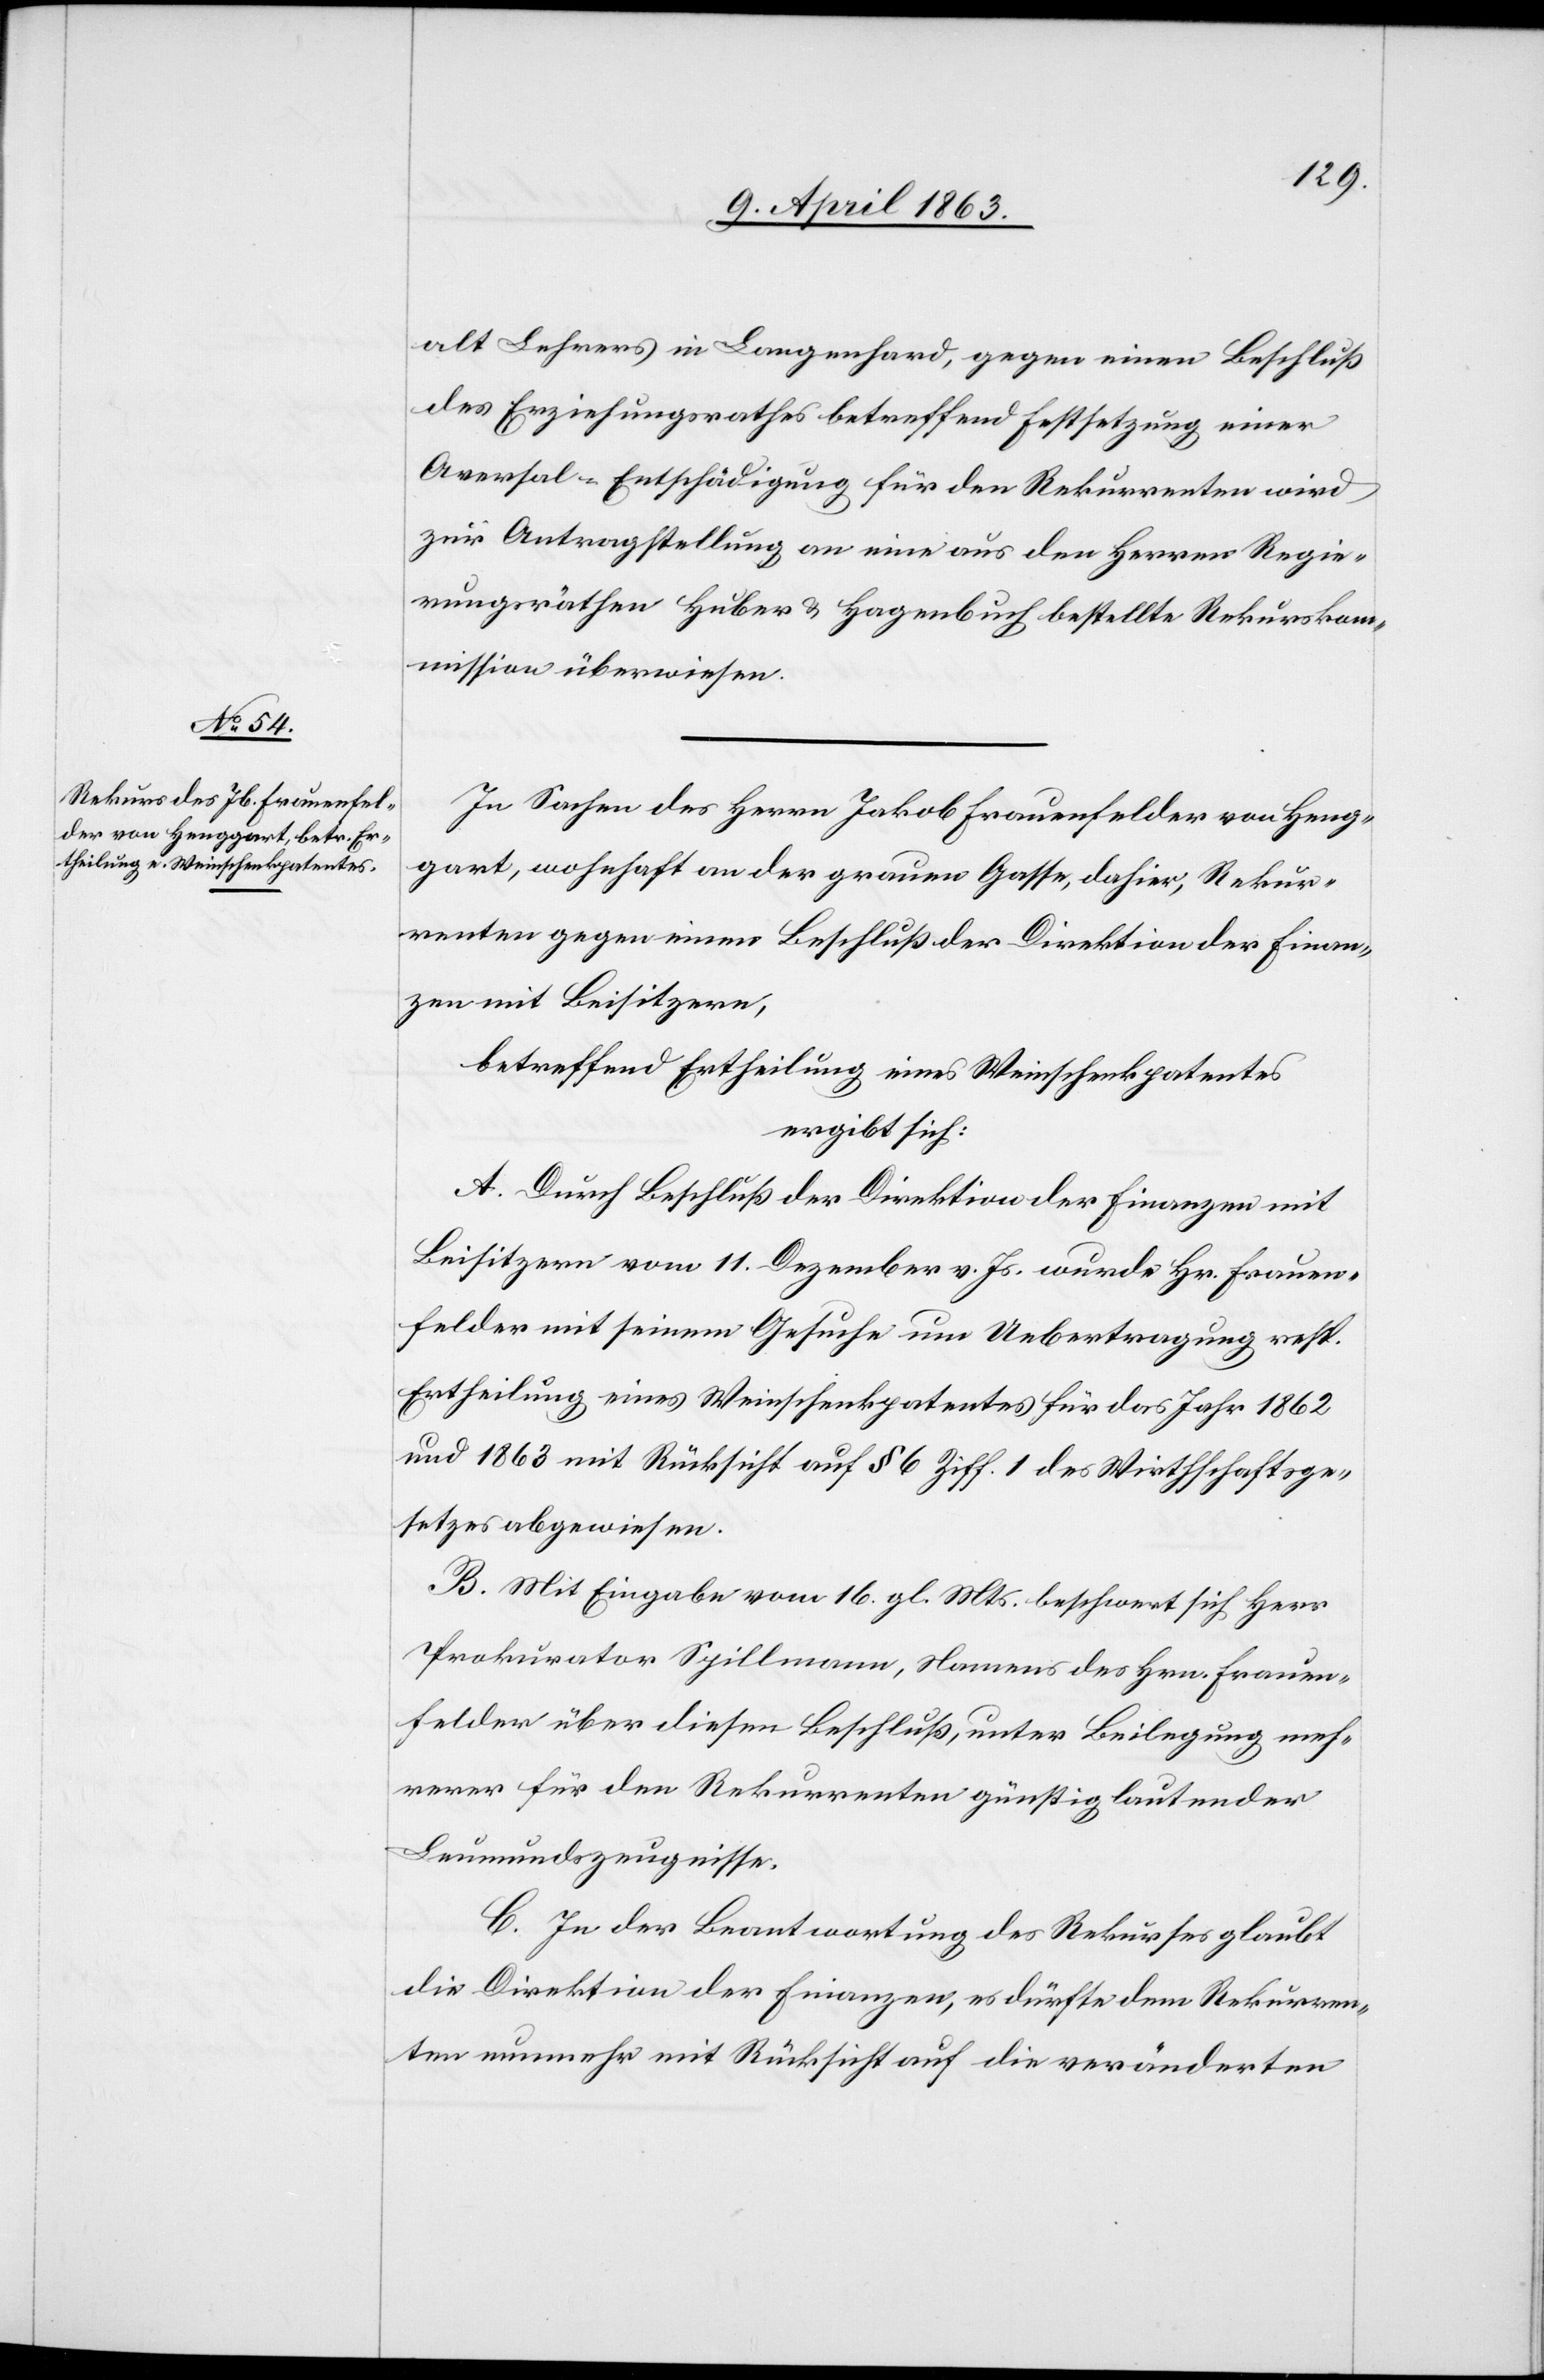
alt Lehrers in Langenhard, gegen einen Beschluß
des Erziehungsrathes betreffend Festsetzung einer
Aversal-Entschädigung für den Rekurrenten wird
zur Antragstellung an eine aus den Herren Regie¬
rungsräthen Huber & Hagenbuch bestellte Rekurskom¬
mission überwiesen.
In Sachen des Herrn Jakob Frauenfelder von Heng¬
gart, wohnhaft an der grauen Gasse, dahier, Rekur¬
renten gegen einen Beschluß der Direktion der Finan¬
zen mit Beisitzern,
betreffend Ertheilung eines Weinschenkpatentes
ergibt sich:
A. Durch Beschluß der Direktion der Finanzen mit
Beisitzern vom 11. Dezember v. Js. wurde Hr. Frauen¬
felder mit seinem Gesuche um Uebertragung resp.
Ertheilung eines Weinschenkpatentes für das Jahr 1862
und 1863 mit Rücksicht auf § 6 Ziff. 1 des Wirthschaftsge¬
setzes abgewiesen.
B. Mit Eingabe vom 16. gl. Mts. beschwert sich Herr
Prokurator Spillmann, Namens des Hrn. Frauen¬
felder über diesen Beschluß, unter Beilegung meh¬
rerer für den Rekurrenten günstig lautender
Leumundszeugnisse.
C. In der Beantwortung des Rekurses glaubt
die Direktion der Finanzen, es dürfte dem Rekurren¬
ten nunmehr mit Rücksicht auf die veränderten